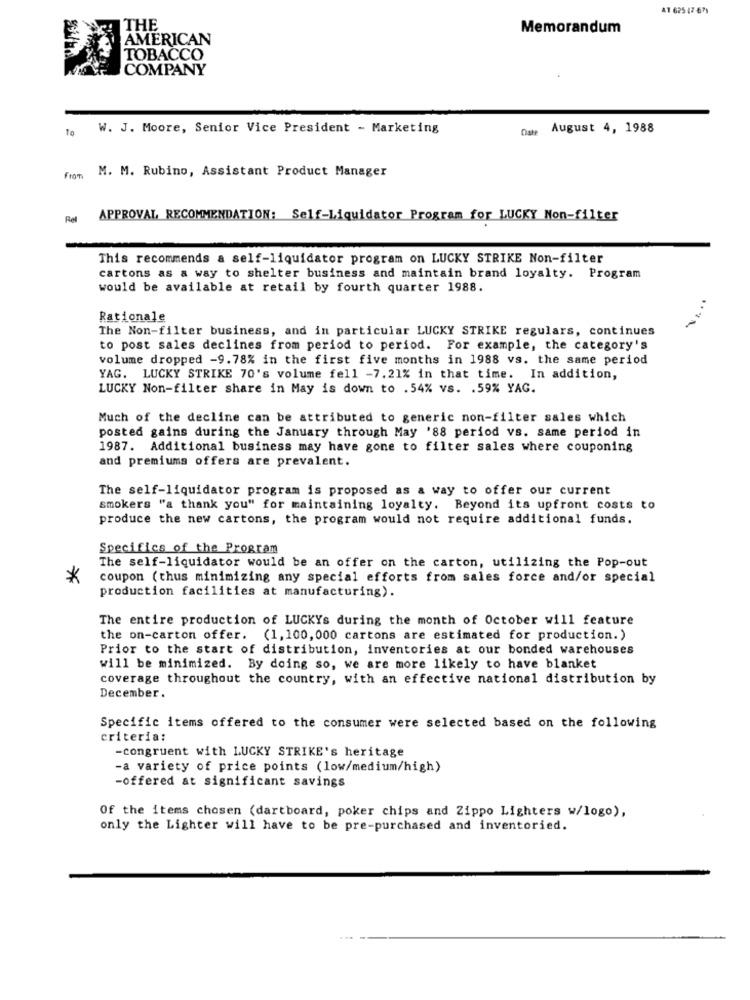
AT 625 47-671
THE
Memorandum
AMERICAN
TOBACCO
COMPANY
To
W. J. Moore, Senior Vice President - Marketing
Ome August 4, 1988
From
M. M. Rubino, Assistant Product Manager
Rel
APPROVAL, RECOMMENDATION: Self-Liquidator Program for LUCKY Non-filter
This recommends a self-liquidator program on LUCKY STRIKE Non-filter
cartons as a way to shelter business and maintain brand loyalty. Program
would be available at retail by fourth quarter 1988.
Rationale
.....
The Non-filter business, and in particular LUCKY STRIKE regulars, continues
to post sales declines from period to period. For example, the category's
volume dropped -9.78% in the first five months in 1988 vs. the same period
YAG. LUCKY STRIKE 70's volume fell -7.21% in that time. In addition,
LUCKY Non-filter share in May is down to . 54% vs. . 59% YAG.
Much of the decline can be attributed to generic non-filter sales which
posted gains during the January through May '88 period vs. same period in
1987. Additional business may have gone to filter sales where couponing
and premiums offers are prevalent.
The self-liquidator program is proposed as a way to offer our current
smokers "a thank you" for maintaining loyalty. Beyond its upfront costs to
produce the new cartons, the program would not require additional funds.
Specifics of the Program
The self-liquidator would be an offer on the carton, utilizing the Pop-out
*
coupon (thus minimizing any special efforts from sales force and/or special
production facilities at manufacturing).
The entire production of LUCKYs during the month of October will feature
the on-carton offer. (1, 100, 000 cartons are estimated for production.)
Prior to the start of distribution, inventories at our bonded warehouses
will be minimized. By doing so, we are more likely to have blanket
coverage throughout the country, with an effective national distribution by
December.
Specific items offered to the consumer were selected based on the following
criteria:
-congruent with LUCKY STRIKE's heritage
-a variety of price points (low/medium/high)
-offered at significant savings
Of the items chosen (dartboard, poker chips and Zippo Lighters w/logo),
only the Lighter will have to be pre-purchased and inventoried.